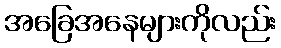
အခြေအနေများကိုလည်း